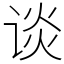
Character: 谈